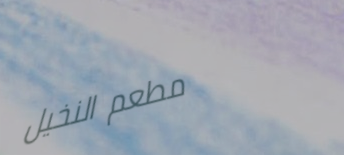
مطعم النخيل